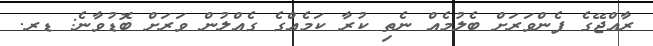
ރާއްޖޭގެ ފެންވަރަށް ބެލުމެއް ނެތި ކުރާ ކަމެއްގެ ގެއްލުން ވަރަށް ބޮޑުވާނެ: ޑރ.